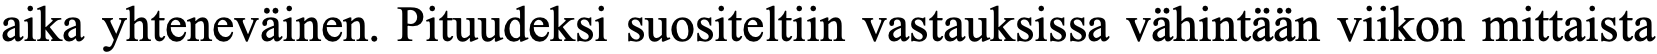
aika yhteneväinen. Pituudeksi suositeltiin vastauksissa vähintään viikon mittaista